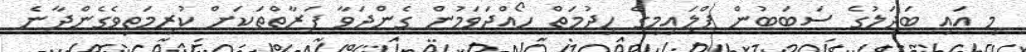
މި އައި ބަދަލުގެ ސަބަބުން ފްލައިމީގެ ހިދުމަތް ހޯއްދަވަމުން ގެންދަވާ ފަރާތްތަކަށް ކުރިމަތިވެގެންދާނެ